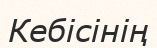
Кебісінің